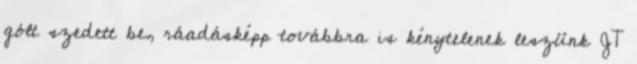
gólt szedett be, ráadásképp továbbra is kénytelenek leszünk JT